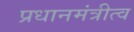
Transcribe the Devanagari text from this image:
प्रधानमंत्रीत्व